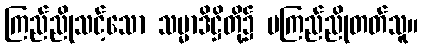
ကြည်ညိုသင့်သော သမ္မာဒိဋ္ဌိတို့၌ မကြည်ညိုတတ်သူ။